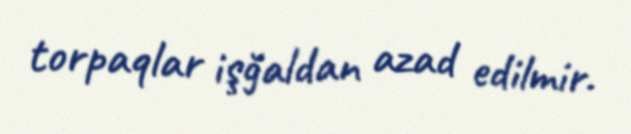
torpaqlar işğaldan azad edilmir.